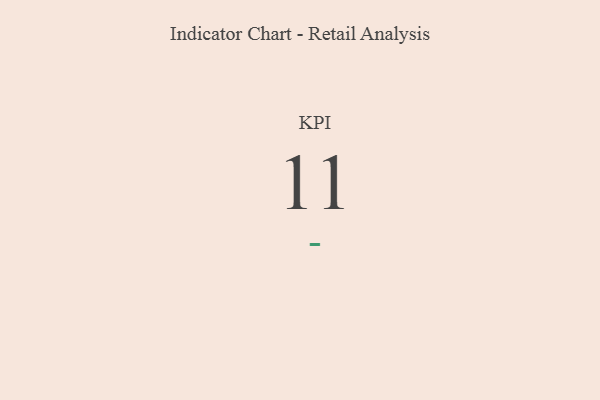
{"axis": {"x": "KPI", "y": "Value"}, "legend": [""], "data": [{"x": "KPI", "y": 11, "type": ""}]}